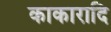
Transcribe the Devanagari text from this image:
काकारादि